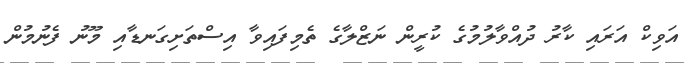
އަވިކް އަރައި ކާރު ދުއްވާލުމުގެ ކުރީން ނަޒްލާގެ ތެމިފައިވާ އިސްތަށިގަނޑާއި މޫނު ފެނުމުން